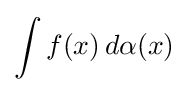
\int f(x)\,d\alpha (x)